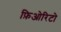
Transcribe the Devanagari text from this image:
फ़िओरिटो